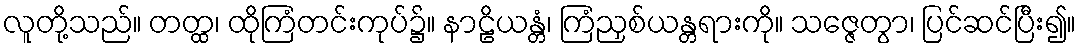
လူတို့သည်။ တတ္ထ၊ ထိုကြံတင်းကုပ်၌။ နာဠိယန္တံ၊ ကြံညှစ်ယန္တရားကို။ သဇ္ဇေတွာ၊ ပြင်ဆင်ပြီး၍။